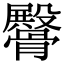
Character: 𩪡